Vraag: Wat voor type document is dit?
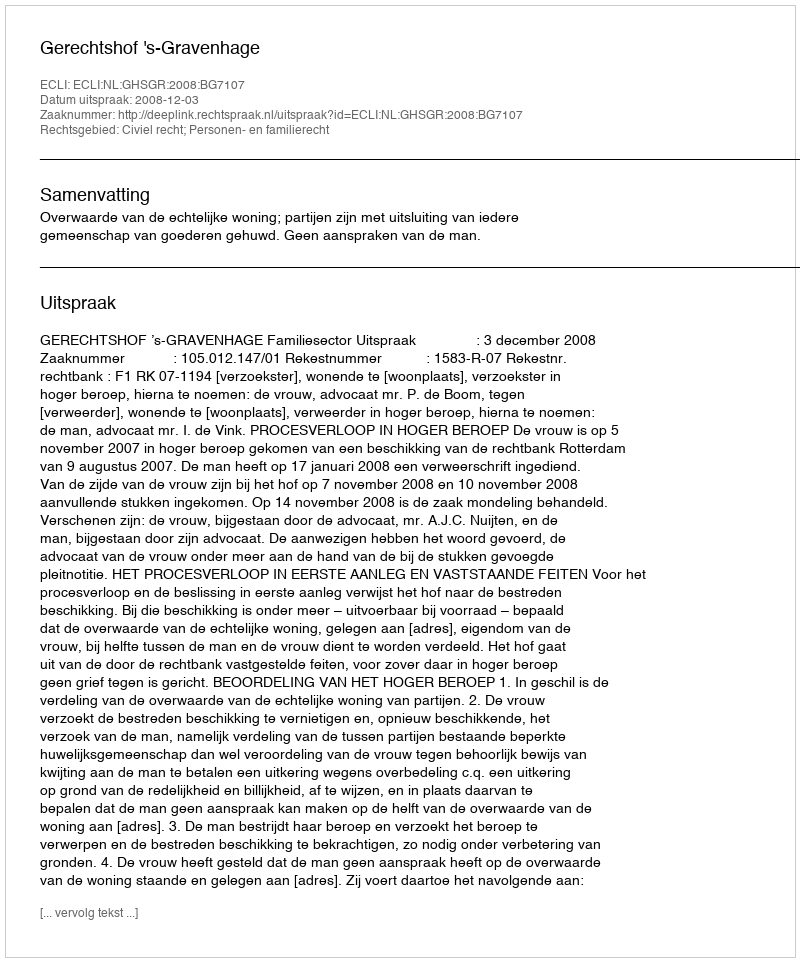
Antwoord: Uitspraak